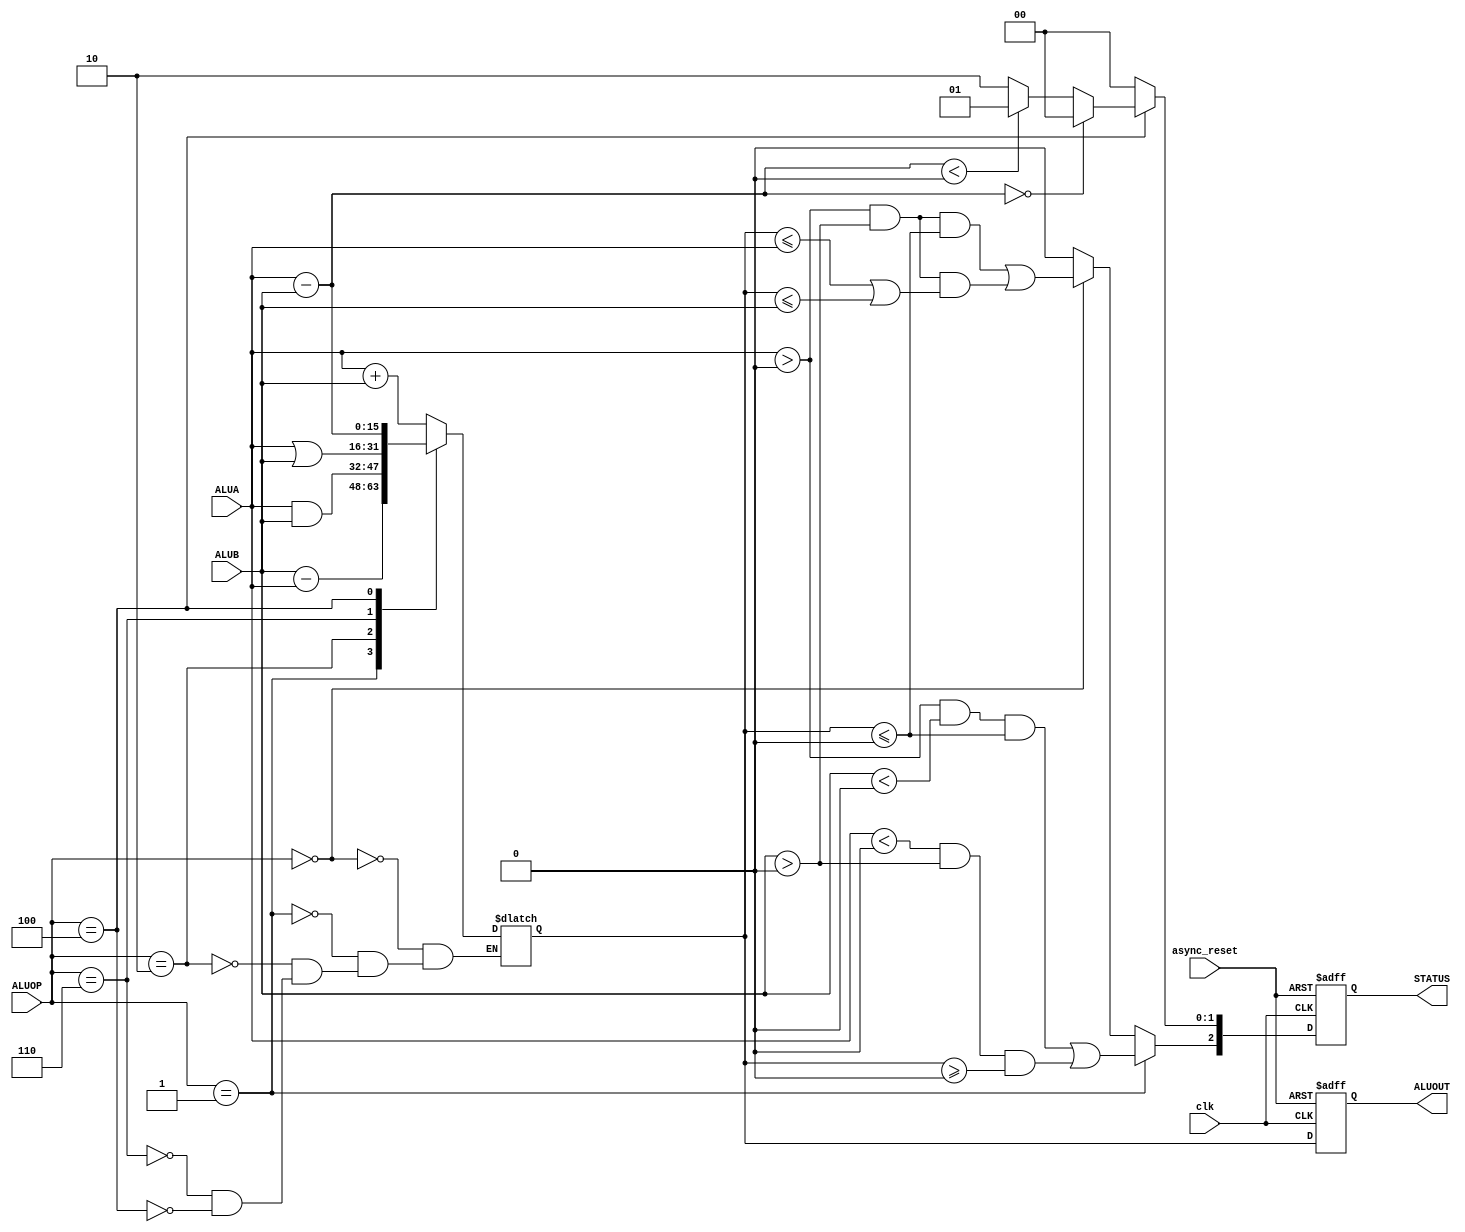
////////////////////////////////////////////////////////////////////////////////
// Course: 				 CSSE220
// Engineer(s):		 Adam Satar, Frank Lancaster, August Dailey,
//                    Will McEvoy, Adam Czyzewski
//
// Design Name: <name_of_top-level_design>

// Module Name: data_processor
// 
// Target Device: 	Spartan3E XC3S500E
// Tool versions: 	<tool_versions>
// 
// Description:	 	The scooby_stack work-horse.
//   					 
// Dependencies:	 	data_stack.v
//						 	mem_stack.v
//    
// Revision:
//    <Code_revision_information>
// Additional Comments:
//    <Additional_comments>
////////////////////////////////////////////////////////////////////////////////

module data_processor(

		input clk, async_reset,
		
		//input [1:0] ALUA_src, ALUB_src,
		
		//input wire signed [15:0] sr0, sr1, //want to  drop these in for ALUA,ALUB

		input wire signed [15:0] ALUA, ALUB,
		input wire [2:0] ALUOP, //from control

		output reg signed [15:0]ALUOUT,
		
		output reg [2:0] STATUS

    );

	// reg extra;
	 //reg result[15:0];
	 reg [2:0] STATUS_int;
	 reg signed [15:0] ALUOUT_int;

/************************STATUS codes*****************************
								STATUS[1:0] 
									00: equal
									01: A < B
									10: A > B
									11: UNUSED
			
								STATUS[2]
									0: 
									1: overflow
************************STATUS codes*****************************/	 
	 
	 always @ * begin 
			STATUS_int[1:0] = 2'b00;
			case(ALUOP)
				3'b000 : ALUOUT_int = ALUA + ALUB; 			//add
				3'b001 : ALUOUT_int = ALUB - ALUA; 			//sub
				3'b010 : ALUOUT_int = ALUA & ALUB; 			//bit and
				3'b110 : ALUOUT_int = ALUA | ALUB; 			//bit or


				
				3'b100 : begin
								ALUOUT_int = ALUA - ALUB;
								STATUS_int[1:0] = ALUOUT_int == 0 	 ? 2'b00  :	// equal
														ALUOUT_int < 0  	 ? 2'b01  : // A < B
																					2'b10;  	// A > B
											 
							end
				//Remove after debug; have to implement something for default though.
				default : $display("Unimplemented ALUOP");
			endcase
			end
	 
	 always @ * begin
		STATUS_int[2] = 0;
			if(ALUOP == 3'b000)
				begin
				STATUS_int[2] = ((ALUA > 0 && ALUB > 0 && ALUOUT_int <= 0) || 
				(ALUA > 0 && ALUB > 0 && (ALUOUT_int <= ALUA || ALUOUT_int <= ALUB)));
				//$display("Here I am. ALUA = %b ALUB = %b ALUOUT %b", ALUA, ALUB, ALUOUT);
				end
			if(ALUOP == 3'b001)
				begin
				STATUS_int[2] = ((ALUA > 0 && ALUB < 0 && ALUOUT_int <= 0) || 
				(ALUA < 0 && ALUB > 0 && ALUOUT_int >= 0));
				end
	 end
	 
	 
	always @(posedge clk or posedge async_reset)
		begin
			if(async_reset)
				begin
					STATUS <= 0;
					//ALUA <=0; ALUB <= 0; don't need to do this because they're inputs
					ALUOUT <= 0;
				end
				else begin
					
				
					ALUOUT <= ALUOUT_int;
					STATUS <= STATUS_int;
				end
		end

			
endmodule